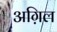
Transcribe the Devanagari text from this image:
अग़िल